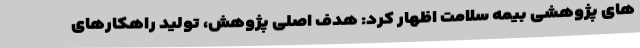
های پژوهشی بیمه سلامت اظهار کرد: هدف اصلی پژوهش، تولید راهکارهای